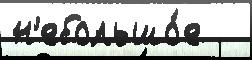
н'ебольшо́е